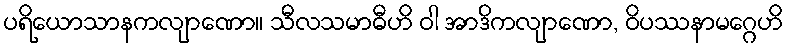
ပရိယောသာနကလျာဏော။ သီလသမာဓီဟိ ဝါ အာဒိကလျာဏော, ဝိပဿနာမဂ္ဂေဟိ